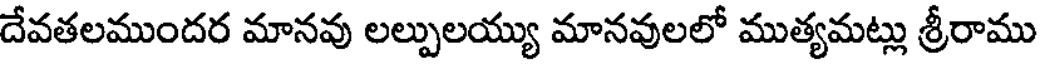
దేవతలముందర మానవు లల్పులయ్యు మానవులలో ముత్యమట్లు శ్రీరాము